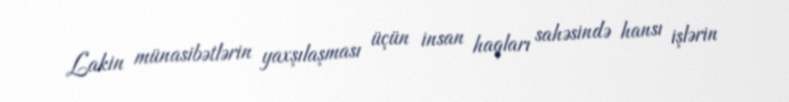
Lakin münasibətlərin yaxşılaşması üçün insan haqları sahəsində hansı işlərin